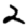
Digit: 2